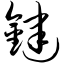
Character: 键